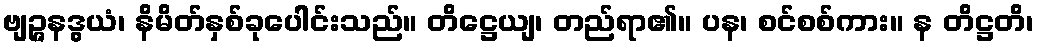
ဗျဉ္ဇနဒွယံ၊ နိမိတ်နှစ်ခုပေါင်းသည်။ တိဋ္ဌေယျ၊ တည်ရာ၏။ ပန၊ စင်စစ်ကား။ န တိဋ္ဌတိ၊